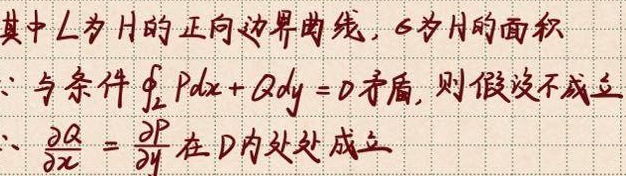
其中 \(L\)为 \(H\)的正向边界曲线，\(S\)为 \(H\)的面积。
\(\because\) 与条件 \(\oint_{L} Pdx + Qdy = 0\)矛盾，则假设不成立。
\(\therefore \frac{\partial Q}{\partial x}=\frac{\partial P}{\partial y}\) 在 \(D\)内处处成立。